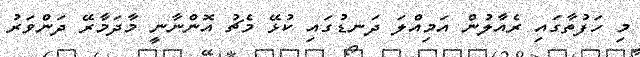
މި ހަފުތާގައި ރެއާލުން އަމިއްލަ ދަނޑުގައި ކުޅޭ މެޗު އޮންނާނީ މާދަމާރޭ ދަންވަރު